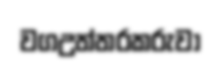
වගඋත්තරකරුවා